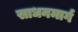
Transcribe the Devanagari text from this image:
साधनमार्ग